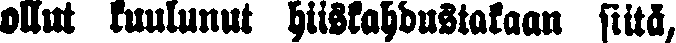
ollut kuulunut hiiskahdustakaan siitä,